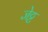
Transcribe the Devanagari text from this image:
जेट्ट